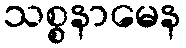
သစ္စနာမေန